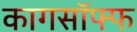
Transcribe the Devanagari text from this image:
कागसॉफ्फ